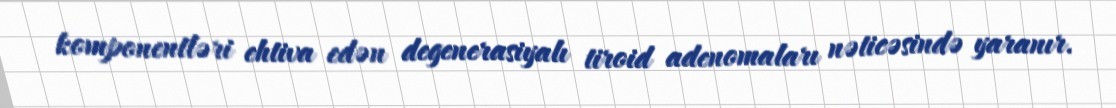
komponentləri ehtiva edən degenerasiyalı tiroid adenomaları nəticəsində yaranır.